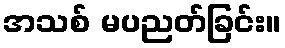
အသစ် မပညတ်ခြင်း။